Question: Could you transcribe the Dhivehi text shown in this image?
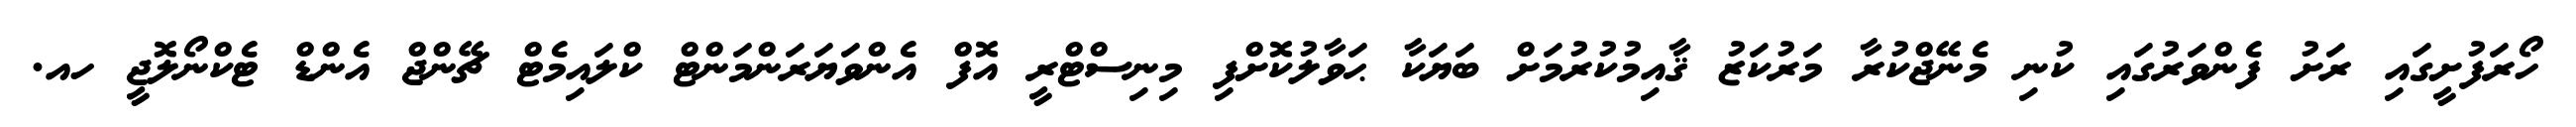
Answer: ހޯރަފުށީގައި ރަށު ފެންވަރުގައި ކުނި މެނޭޖްކުރާ މަރުކަޒު ޤާއިމުކުރުމަށް ބަޔަކާ ޙަވާލުކޮށްފި މިނިސްޓްރީ އޮފް އެންވަޔަރަންމަންޓް ކްލައިމެޓް ޗޭންޖް އެންޑް ޓެކްނޯލޮޖީ ހއ.